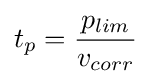
t_{p}={\frac {p_{lim}}{v_{corr}}}